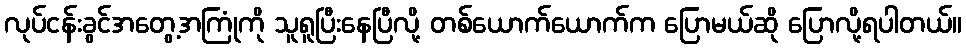
လုပ်ငန်းခွင်အတွေ့အကြုံကို သူရူပြီးနေပြီလို့ တစ်ယောက်ယောက်က ပြောမယ်ဆို ပြောလို့ရပါတယ်။